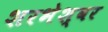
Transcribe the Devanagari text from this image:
शरभेश्वर